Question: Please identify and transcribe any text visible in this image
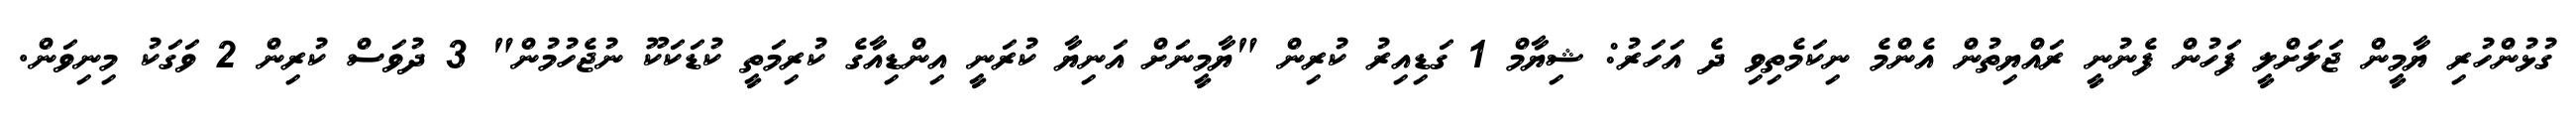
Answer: ގުޅުންހުރި ޔާމީން ޖަލަށްލީ ފަހުން ފެނުނީ ރައްޔިތުން އެންމެ ނިކަމެތިވި ދެ އަހަރު: ޝިޔާމް 1 ގަޑިއިރު ކުރިން "ޔާމީނަށް އަނިޔާ ކުރަނީ އިންޑިއާގެ ކުރިމަތީ ކުޑަކަކޫ ނުޖެހުމުން" 3 ދުވަސް ކުރިން 2 ވަގަކު މިނިވަން.